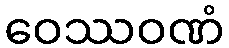
ဝေဿဝဏံ